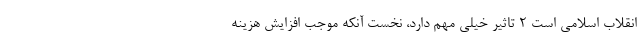
انقلاب اسلامی است ۲ تاثیر خیلی مهم دارد، نخست آنکه موجب افزایش هزینه